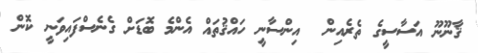
ޤާނޫނޫ އަސާސީގެ ތެރެއިން  އިންސާނީ ހައްޤުތައް އެންމެ ބޮޑަށް ގެނެސްފައިވަނީ ކޮން